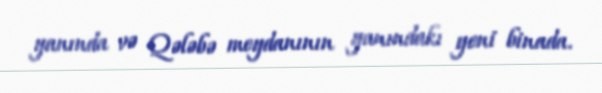
yanında və Qələbə meydanının yanındakı yeni binada.